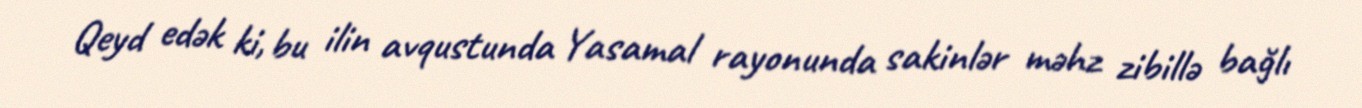
Qeyd edək ki, bu ilin avqustunda Yasamal rayonunda sakinlər məhz zibillə bağlı